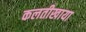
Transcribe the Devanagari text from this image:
कलतीखाया